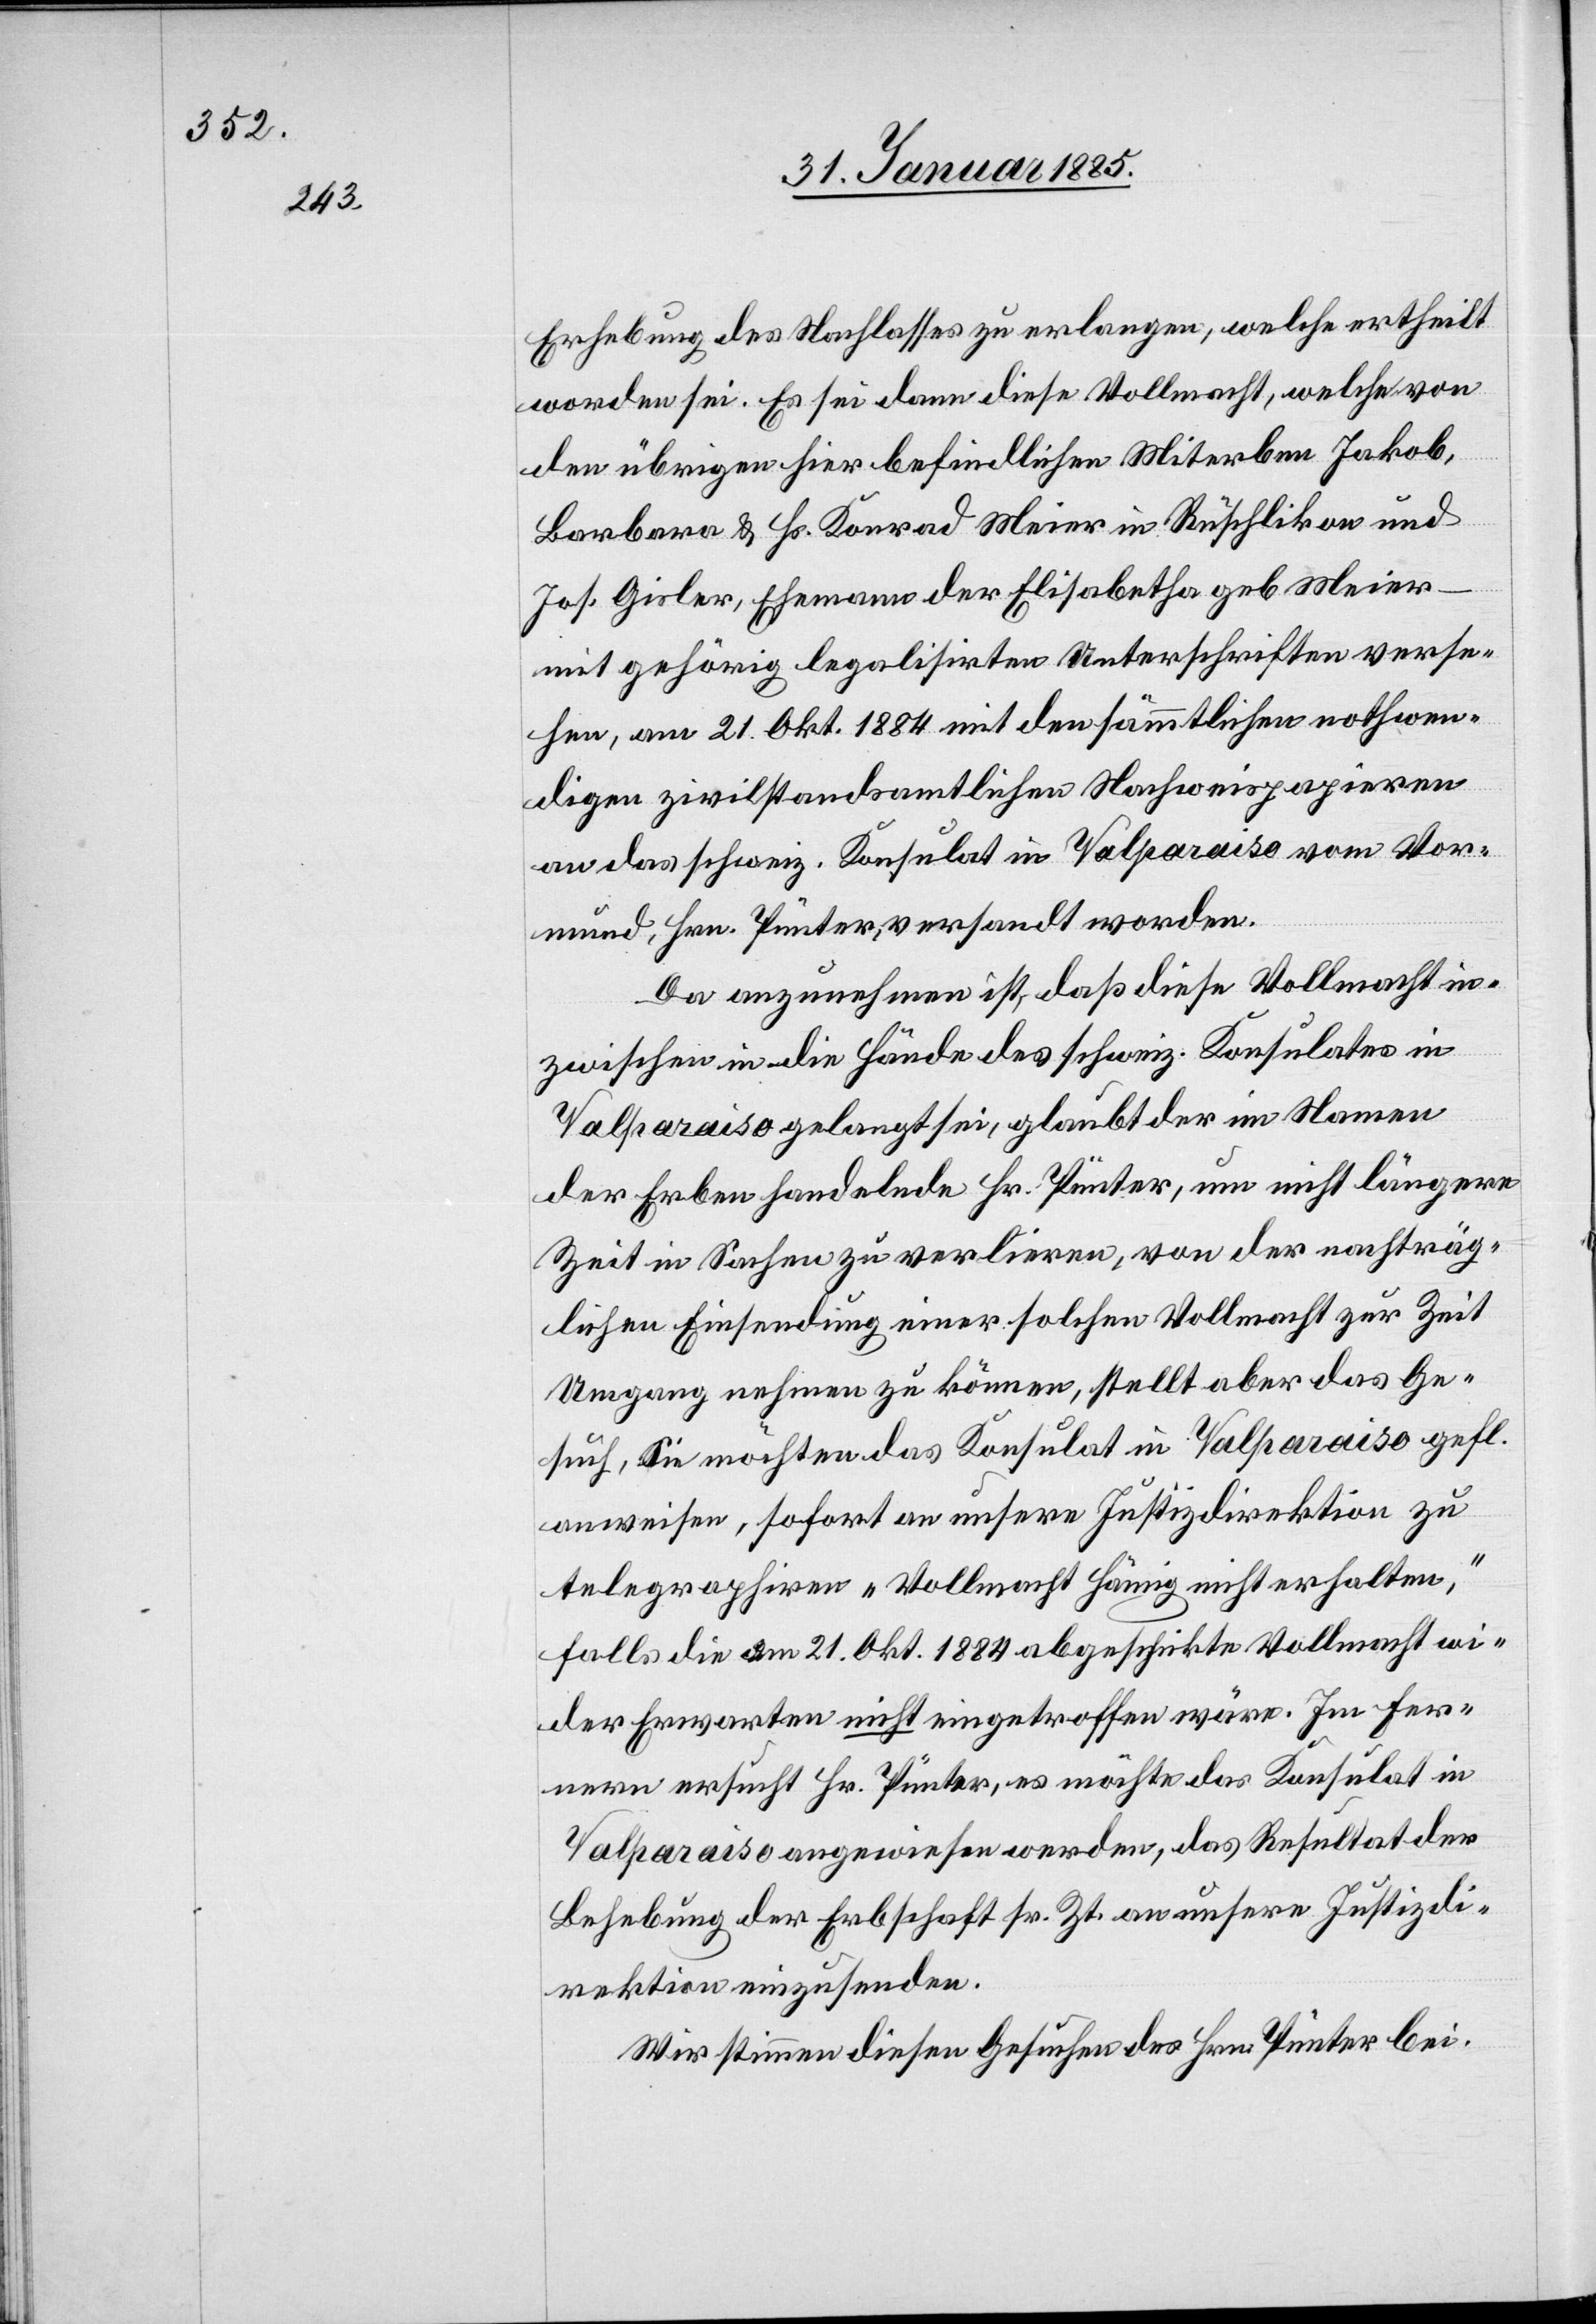
Erhebung des Nachlasses zu erlangen, welche ertheilt
worden sei. Es sei dann diese Vollmacht, welche von
den übrigen hier befindlichen Miterben Jakob,
Barbara & Hs. Konrad Meier in Rüschlikon und
Jos. Gisler, Ehemann der Elisabetha geb. Meier
mit gehörig legalisirten Unterschriften verse¬
hen, am 21. Okt. 1884 mit den sämmtlichen nothwen¬
digen zivilstandsamtlichen Nachweispapieren
an das schweiz. Konsulat in Valparaiso vom Vor¬
mund, Hrn. Pünter, versandt worden.
Da anzunehmen ist, daß diese Vollmacht in¬
zwischen in die Hände des schweiz. Konsulates in
Valparaiso gelangt sei, glaubt der im Namen
der Erben handelnde Hr. Pünter, um nicht längere
Zeit in Sachen zu verlieren, von der nachträg¬
lichen Einsendung einer solchen Vollmacht zur Zeit
Umgang nehmen zu können, stellt aber das Ge¬
such, Sie möchten das Konsulat in Valparaiso gefl.
anweisen, sofort an unsere Justizdirektion zu
telegraphiren „Vollmacht Hämig nicht erhalten“,
falls die am 21. Okt. 1884 abgeschickte Vollmacht wi¬
der Erwarten nicht eingetroffen wäre. Im Fer¬
nern ersucht Hr. Pünter, es möchte das Konsulat in
Valparaiso angewiesen werden, das Resultat der
Behebung der Erbschaft sr. Zeit an unsere Justizdi¬
rektion einzusenden.
Wir stimmen diesen Gesuchen des Hrn. Pünter bei.